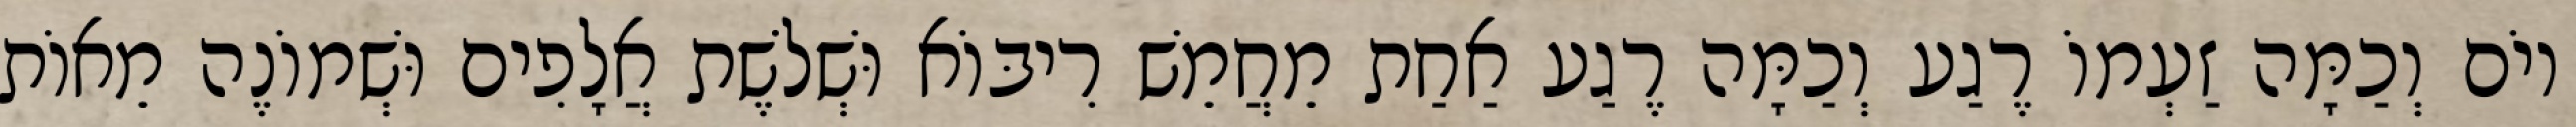
יוֹם וְכַמָּה זַעְמוֹ רֶגַע וְכַמָּה רֶגַע אַחַת מֵחֲמֵשׁ רִיבּוֹא וּשְׁלֹשֶׁת אֲלָפִים וּשְׁמוֹנֶה מֵאוֹת